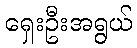
ရှေးဦးအရွယ်